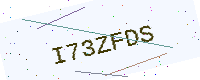
Text: I73ZFDS